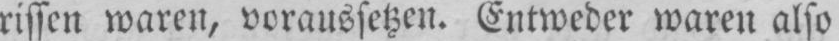
rissen waren, voraussetzen. Entweder waren also